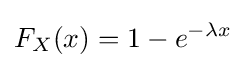
F_{X}(x)=1-e^{-\lambda x}